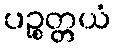
ပဉ္စတ္တယံ